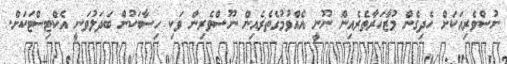
ނުސްވެރިއަކަށް ހެދިގެން މުޒާހަރާތެރެއިން ނޫނީ އެއްވުމުގެތެރެއިން ނޫސްވެރިން ވަކި ހިސާބަކުން ބަދަލުވަނީ އެކްޓިސްޓަކަށް.